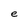
Character: e